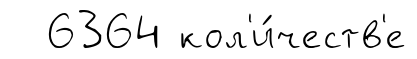
6364 кол'и́честв'е